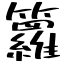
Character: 籮